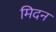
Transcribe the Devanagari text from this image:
मिदन